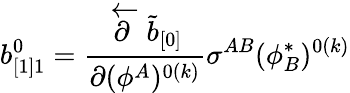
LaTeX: b_{[1]1}^{0}={\frac{\stackrel{\leftarrow}{\partial}\tilde{b}_{[0]}}{\partial(\phi^{A})^{0(k)}}}\sigma^{AB}(\phi_{B}^{*})^{0(k)}